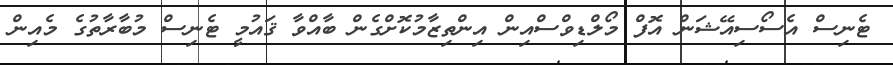
ޓެނިސް އެސޯސިއޭޝަން އޮފް މޯލްޑިވްސްއިން އިންތިޒާމުކޮށްގެން ބާއްވާ ޤައުމީ ޓެނިސް މުބާރާތުގެ މެއިން